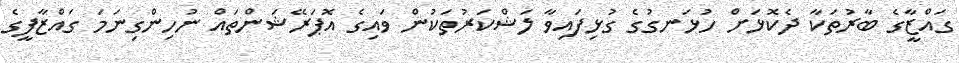
ގައްޒާީގެ ބާރުތަކާ ދެކޮޅަށް ހުޅަނގުގެ ގުޅިފައިވާ ލަޝްކަރުތަކުން ވައިގެ އޮޕަރޭޝަންތައް ނުހިންގިނަމަ ގައްޒާފީގެ